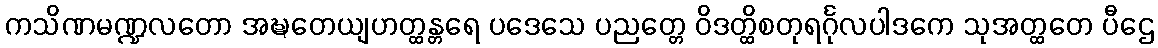
ကသိဏမဏ္ဍလတော အဍ္ဎတေယျဟတ္ထန္တရေ ပဒေသေ ပညတ္တေ ဝိဒတ္ထိစတုရင်္ဂုလပါဒကေ သုအတ္ထတေ ပီဌေ